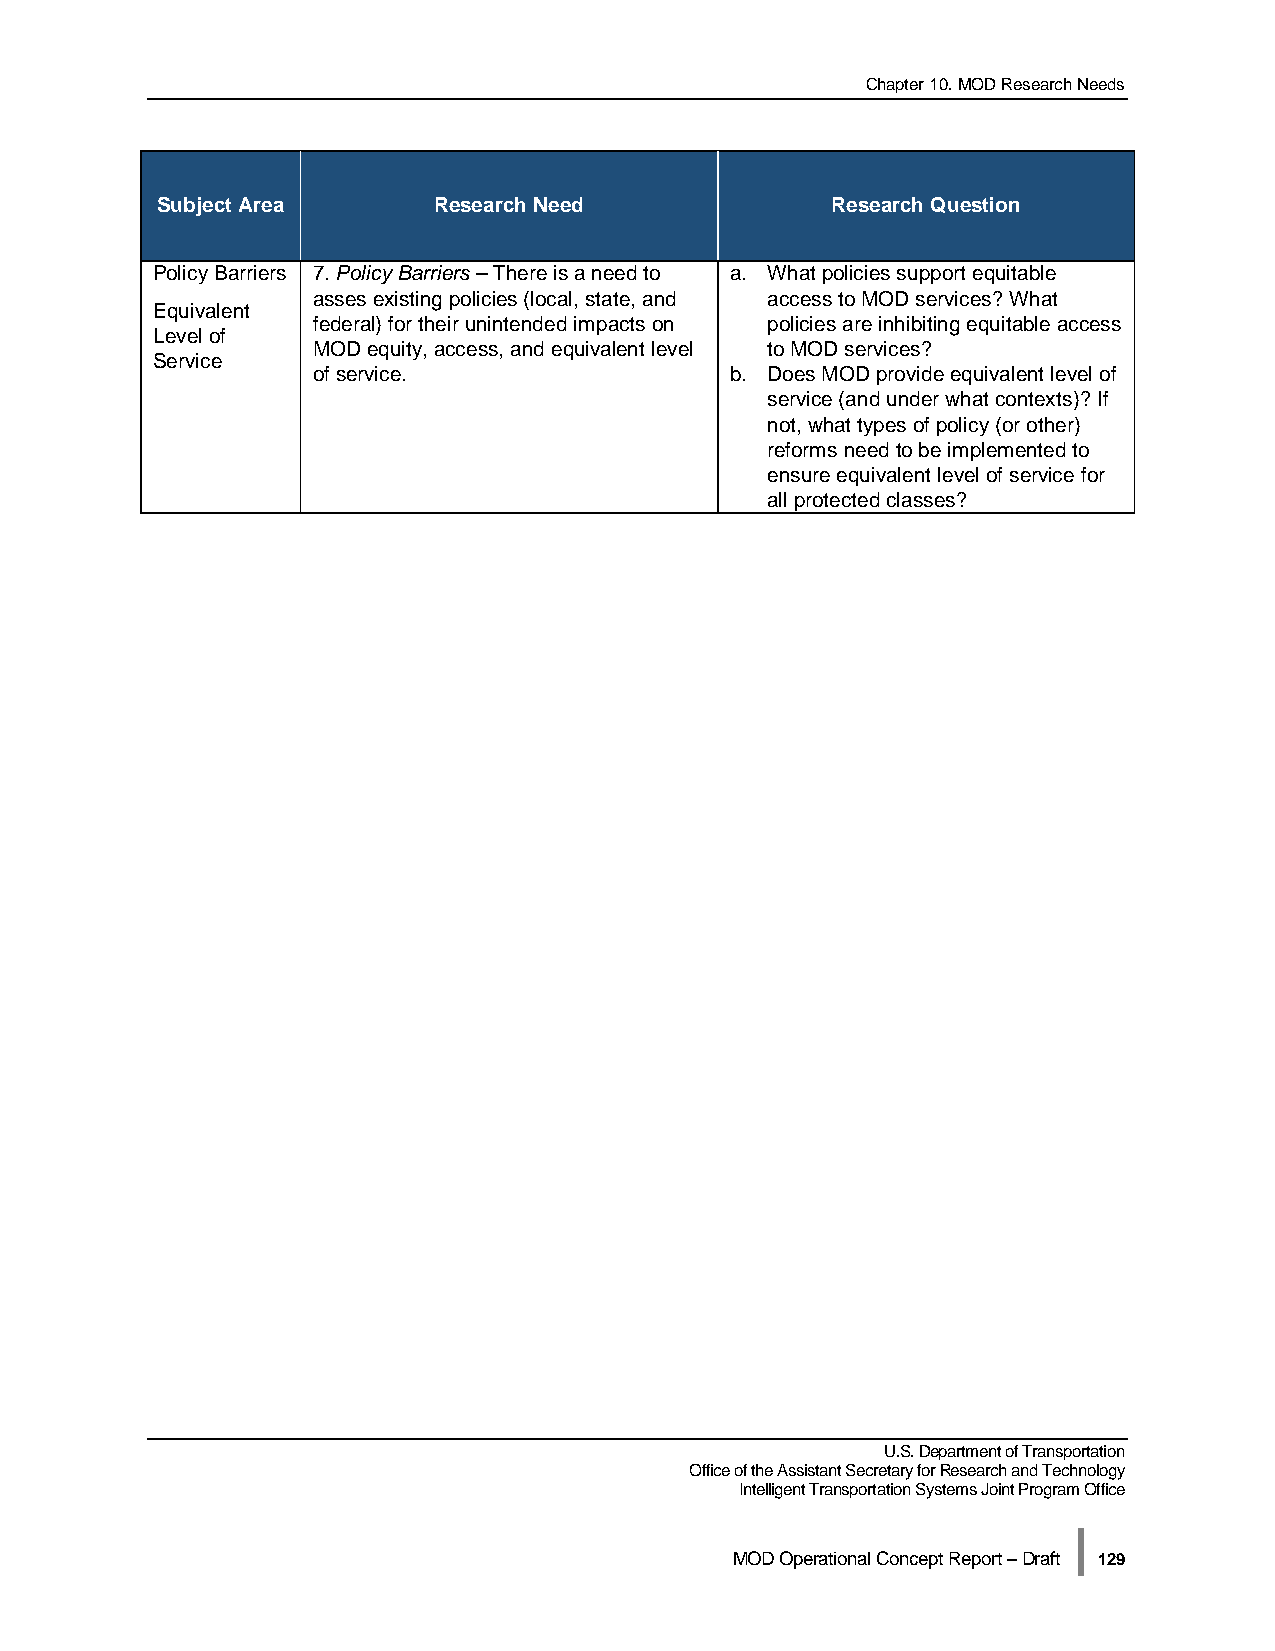
Chapter 10. MOD Research Needs
 Subject Area       Research Need             Research Question
 Policy Barriers 7. Policy Barriers – There is a need to a. What policies support equitable
 asses existing policies (local, state, and access to MOD services? What
 Equivalent
 federal) for their unintended impacts on policies are inhibiting equitable access
 Level of
 MOD equity, access, and equivalent level to MOD services?
 Service
 of service.                b. Does MOD provide equivalent level of
 service (and under what contexts)? If
 not, what types of policy (or other)
 reforms need to be implemented to
 ensure equivalent level of service for
 all protected classes?
 U.S. Department of Transportation
 Office of the Assistant Secretary for Research and Technology
 Intelligent Transportation Systems Joint Program Office
 |
 MOD Operational Concept Report – Draft 129